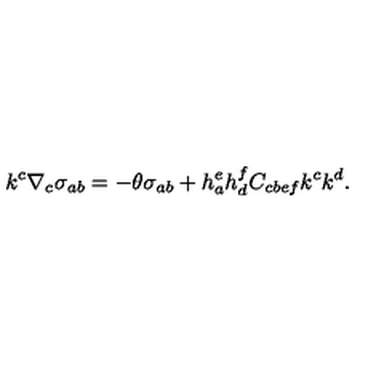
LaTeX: k ^ { c } \nabla _ { c } \sigma _ { a b } = - \theta \sigma _ { a b } + h _ { a } ^ { e } h _ { d } ^ { f } C _ { c b e f } k ^ { c } k ^ { d } .